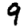
Digit: 9